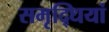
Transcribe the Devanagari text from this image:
समृद्धियां